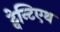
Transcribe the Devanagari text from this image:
ट्वेन्टिएथ